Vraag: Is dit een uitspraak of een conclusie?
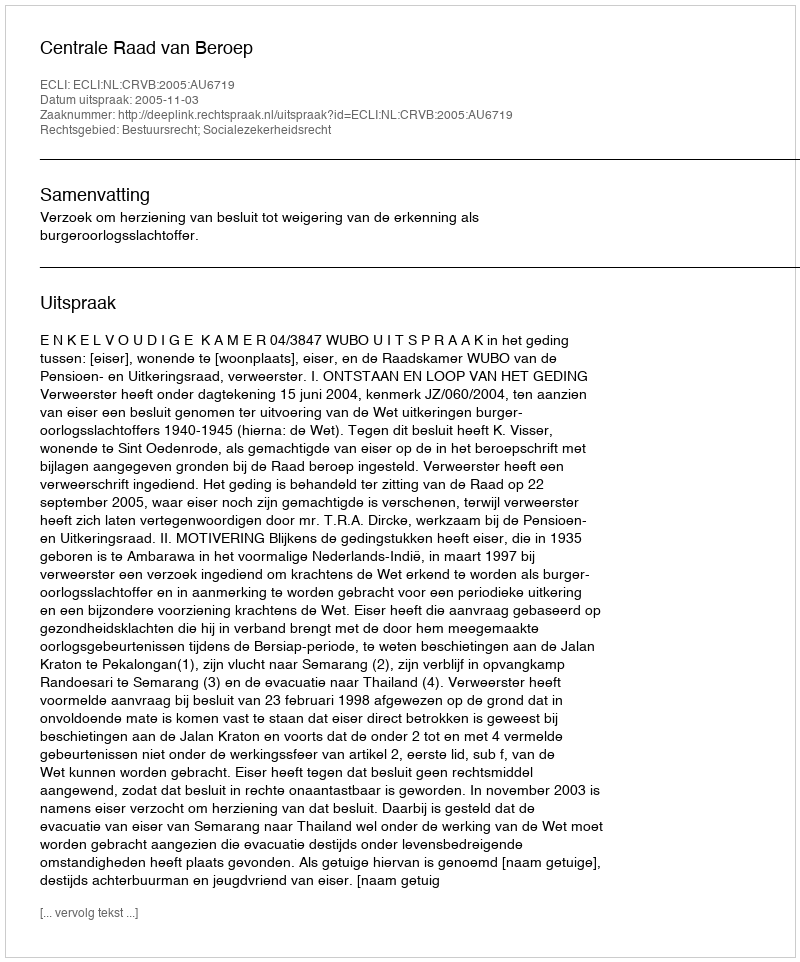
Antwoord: Uitspraak